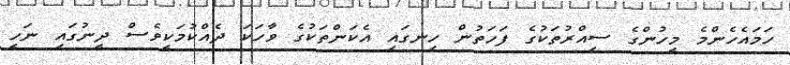
ހަމައެހެންމެ މީހުންގެ ސިއްރުތަކުގެ ފަހަތުން ހިނގައި އެކަންތަކުގެ ވާހަކަ ދެއްކުމަކީވެސް ދީނުގައި ނަހީ